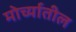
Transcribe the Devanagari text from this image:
मोर्च्यातील